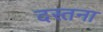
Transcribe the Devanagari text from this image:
दस्तना